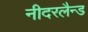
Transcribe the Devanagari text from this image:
नीदरलैन्ड